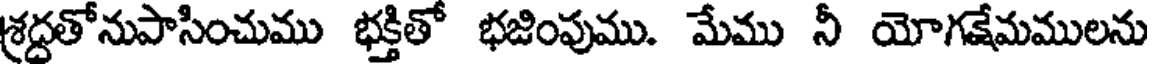
శ్రద్దతోనుపాసించుము భక్తితో భజింపుము. మేము నీ యోగక్షేమములను